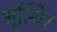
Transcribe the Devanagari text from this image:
भुस्थिर